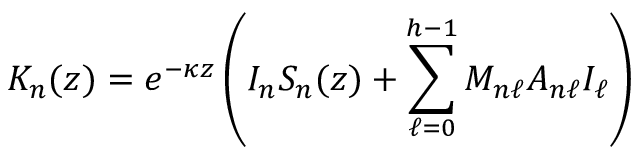
K _ { n } ( z ) = e ^ { - \kappa z } \left( I _ { n } S _ { n } ( z ) + \sum _ { \ell = 0 } ^ { h - 1 } M _ { n \ell } A _ { n \ell } I _ { \ell } \right)